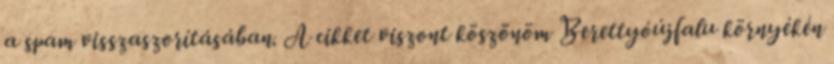
a spam visszaszorításában. A cikket viszont köszönöm Berettyóújfalu környékén